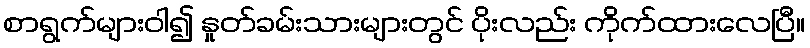
စာရွက်များဝါ၍ နှုတ်ခမ်းသားများတွင် ပိုးလည်း ကိုက်ထားလေပြီ။